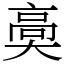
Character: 䯨